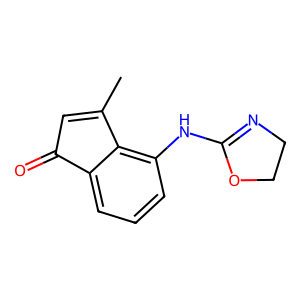
SMILES: CC1=CC(=O)c2cccc(NC3=NCCO3)c21
Inhibits HIV replication: No